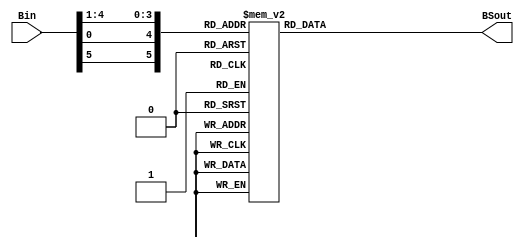
`timescale 1ns / 1ps
//////////////////////////////////////////////////////////////////////////////////
// Company: 
// Engineer: 
// 
// Design Name: 
// Module Name:    sbox3 
// Project Name: 
// Target Devices: 
// Tool versions: 
// Description: 
//
// Dependencies: 
//
// Revision: 
// Revision 0.01 - File Created
// Additional Comments: 
//
//////////////////////////////////////////////////////////////////////////////////
module sbox3(
     Bin,
     BSout
    );
	 
	 input [6:1] Bin;
    output reg [4:1] BSout;
	 wire [6:1] offset;
	 assign offset = {Bin[6], Bin[1], Bin[5 : 2]}; 	  	 
	 always @(offset) 	  	  
	 begin  	   	    
	 case (offset)             
	 6'b000000:  BSout <= 4'd10;             
	 6'b000001:  BSout <= 4'd0;             
	 6'b000010:  BSout <= 4'd9;            
	 6'b000011:  BSout <= 4'd14;             
	 6'b000100:  BSout <= 4'd6;             
	 6'b000101:  BSout <= 4'd3;             
	 6'b000110:  BSout <= 4'd15;             
	 6'b000111:  BSout <= 4'd5;             
	 6'b001000:  BSout <= 4'd1;             
	 6'b001001:  BSout <= 4'd13;             
	 6'b001010:  BSout <= 4'd12;             
	 6'b001011:  BSout <= 4'd7;             
	 6'b001100:  BSout <= 4'd11;             
	 6'b001101:  BSout <= 4'd4;             
	 6'b001110:  BSout <= 4'd2;             
	 6'b001111:  BSout <= 4'd8;             
	 6'b010000:  BSout <= 4'd13;             
	 6'b010001:  BSout <= 4'd7;             
	 6'b010010:  BSout <= 4'd0;             
	 6'b010011:  BSout <= 4'd9;             
	 6'b010100:  BSout <= 4'd3;             
	 6'b010101:  BSout <= 4'd4;             
	 6'b010110:  BSout <= 4'd6;             
	 6'b010111:  BSout <= 4'd10;             
	 6'b011000:  BSout <= 4'd2;             
	 6'b011001:  BSout <= 4'd8;             
	 6'b011010:  BSout <= 4'd5;             
	 6'b011011:  BSout <= 4'd14;             
	 6'b011100:  BSout <= 4'd12;             
	 6'b011101:  BSout <= 4'd11;             
	 6'b011110:  BSout <= 4'd15;             
	 6'b011111:  BSout <= 4'd1;             
	 6'b100000:  BSout <= 4'd13;             
	 6'b100001:  BSout <= 4'd6;             
	 6'b100010:  BSout <= 4'd4;             
	 6'b100011:  BSout <= 4'd9;             
	 6'b100100:  BSout <= 4'd8;             
	 6'b100101:  BSout <= 4'd15;             
	 6'b100110:  BSout <= 4'd3;             
	 6'b100111:  BSout <= 4'd0;             
	 6'b101000:  BSout <= 4'd11;             
	 6'b101001:  BSout <= 4'd1;             
	 6'b101010:  BSout <= 4'd2;             
	 6'b101011:  BSout <= 4'd12;             
	 6'b101100:  BSout <= 4'd5;             
	 6'b101101:  BSout <= 4'd10;             
	 6'b101110:  BSout <= 4'd14;             
	 6'b101111:  BSout <= 4'd7;             
	 6'b110000:  BSout <= 4'd1;             
	 6'b110001:  BSout <= 4'd10;             
	 6'b110010:  BSout <= 4'd13;             
	 6'b110011:  BSout <= 4'd0;             
	 6'b110100:  BSout <= 4'd6;             
	 6'b110101:  BSout <= 4'd9;            
	 6'b110110:  BSout <= 4'd8;             
	 6'b110111:  BSout <= 4'd7;            
	 6'b111000:  BSout <= 4'd4;        
	 6'b111001:  BSout <= 4'd15;        
	 6'b111010:  BSout <= 4'd14;       
	 6'b111011:  BSout <= 4'd3;       
	 6'b111100:  BSout <= 4'd11;       
	 6'b111101:  BSout <= 4'd5;       
	 6'b111110:  BSout <= 4'd2;      
	 6'b111111:  BSout <= 4'd12;      
	 default:    BSout <= 4'd0; 		
	 endcase 			 
	 end
	 


endmodule